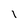
Character: I